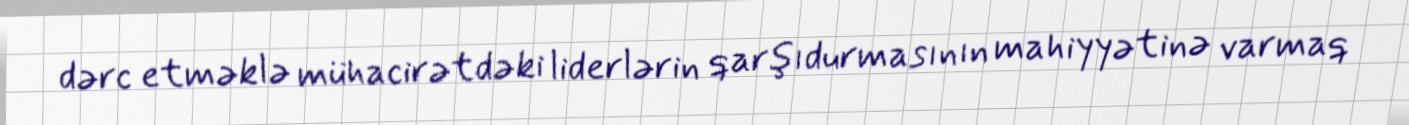
dərc etməklə mühacirətdəki liderlərin qarşıdurmasının mahiyyətinə varmaq